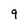
Character: 9